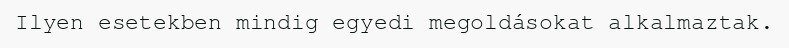
Ilyen esetekben mindig egyedi megoldásokat alkalmaztak.